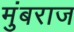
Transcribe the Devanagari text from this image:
मुंबराज